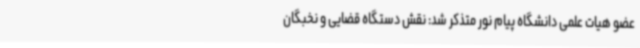
عضو هیات علمی دانشگاه پیام نور متذکر شد: نقش دستگاه قضایی و نخبگان